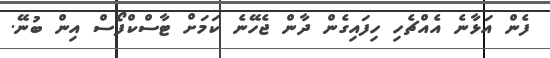
ފެން އަޅާނެ އެއްޗެހި ހިފައިގެން ދާން ޖެހޭނެ ކަމަށް ޓާސްކްފޯސް އިން ބުނޭ.